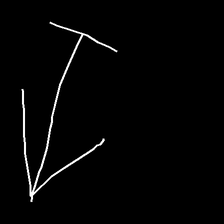
Glyph: levitation